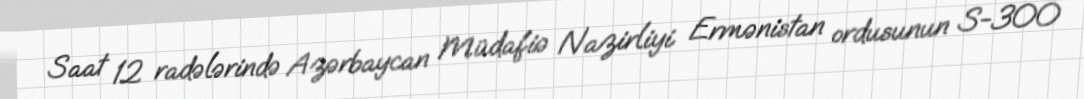
Saat 12 radələrində Azərbaycan Müdafiə Nazirliyi Ermənistan ordusunun S-300